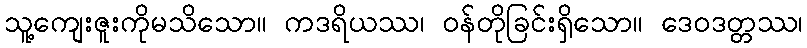
သူ့ကျေးဇူးကိုမသိသော။ ကဒရိယဿ၊ ဝန်တိုခြင်းရှိသော။ ဒေဝဒတ္တဿ၊